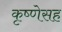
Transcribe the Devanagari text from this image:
कृष्णेसह